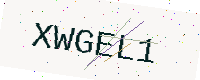
Text: XWGEL1